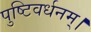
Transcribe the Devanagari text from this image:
पुष्टिवर्धनम्।